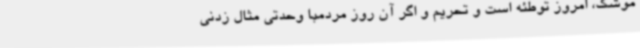
موشک، امروز توطئه است و تحریم و اگر آن روز مردمبا وحدتی مثال زدنی